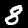
Label: 8